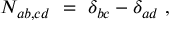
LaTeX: N _ { a b , c d } ~ = ~ \delta _ { b c } - \delta _ { a d } ~ ,